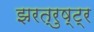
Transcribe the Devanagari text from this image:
झरत्रुष्ट्र